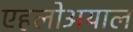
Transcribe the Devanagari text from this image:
एहलोअयाल